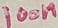
Text: 100n